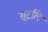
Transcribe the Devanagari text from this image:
सुटलि